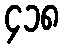
၄၁၈